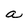
Character: a